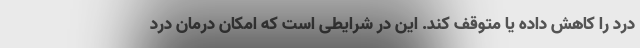
درد را کاهش داده یا متوقف کند. این در شرایطی است که امکان درمان درد